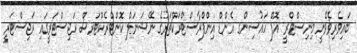
ބައިވެރިވެވޭނީ މިނިސްޓްރީ އޮފް ހައުސިންގ އެންޑް އިންފްރާސްޓްރަކްޗަރުގެ ނޭޝަނަލް ކޮންޓްރެކްޓަރސް ރަޖިސްޓަރީގައި ރަޖިސްޓަރީ